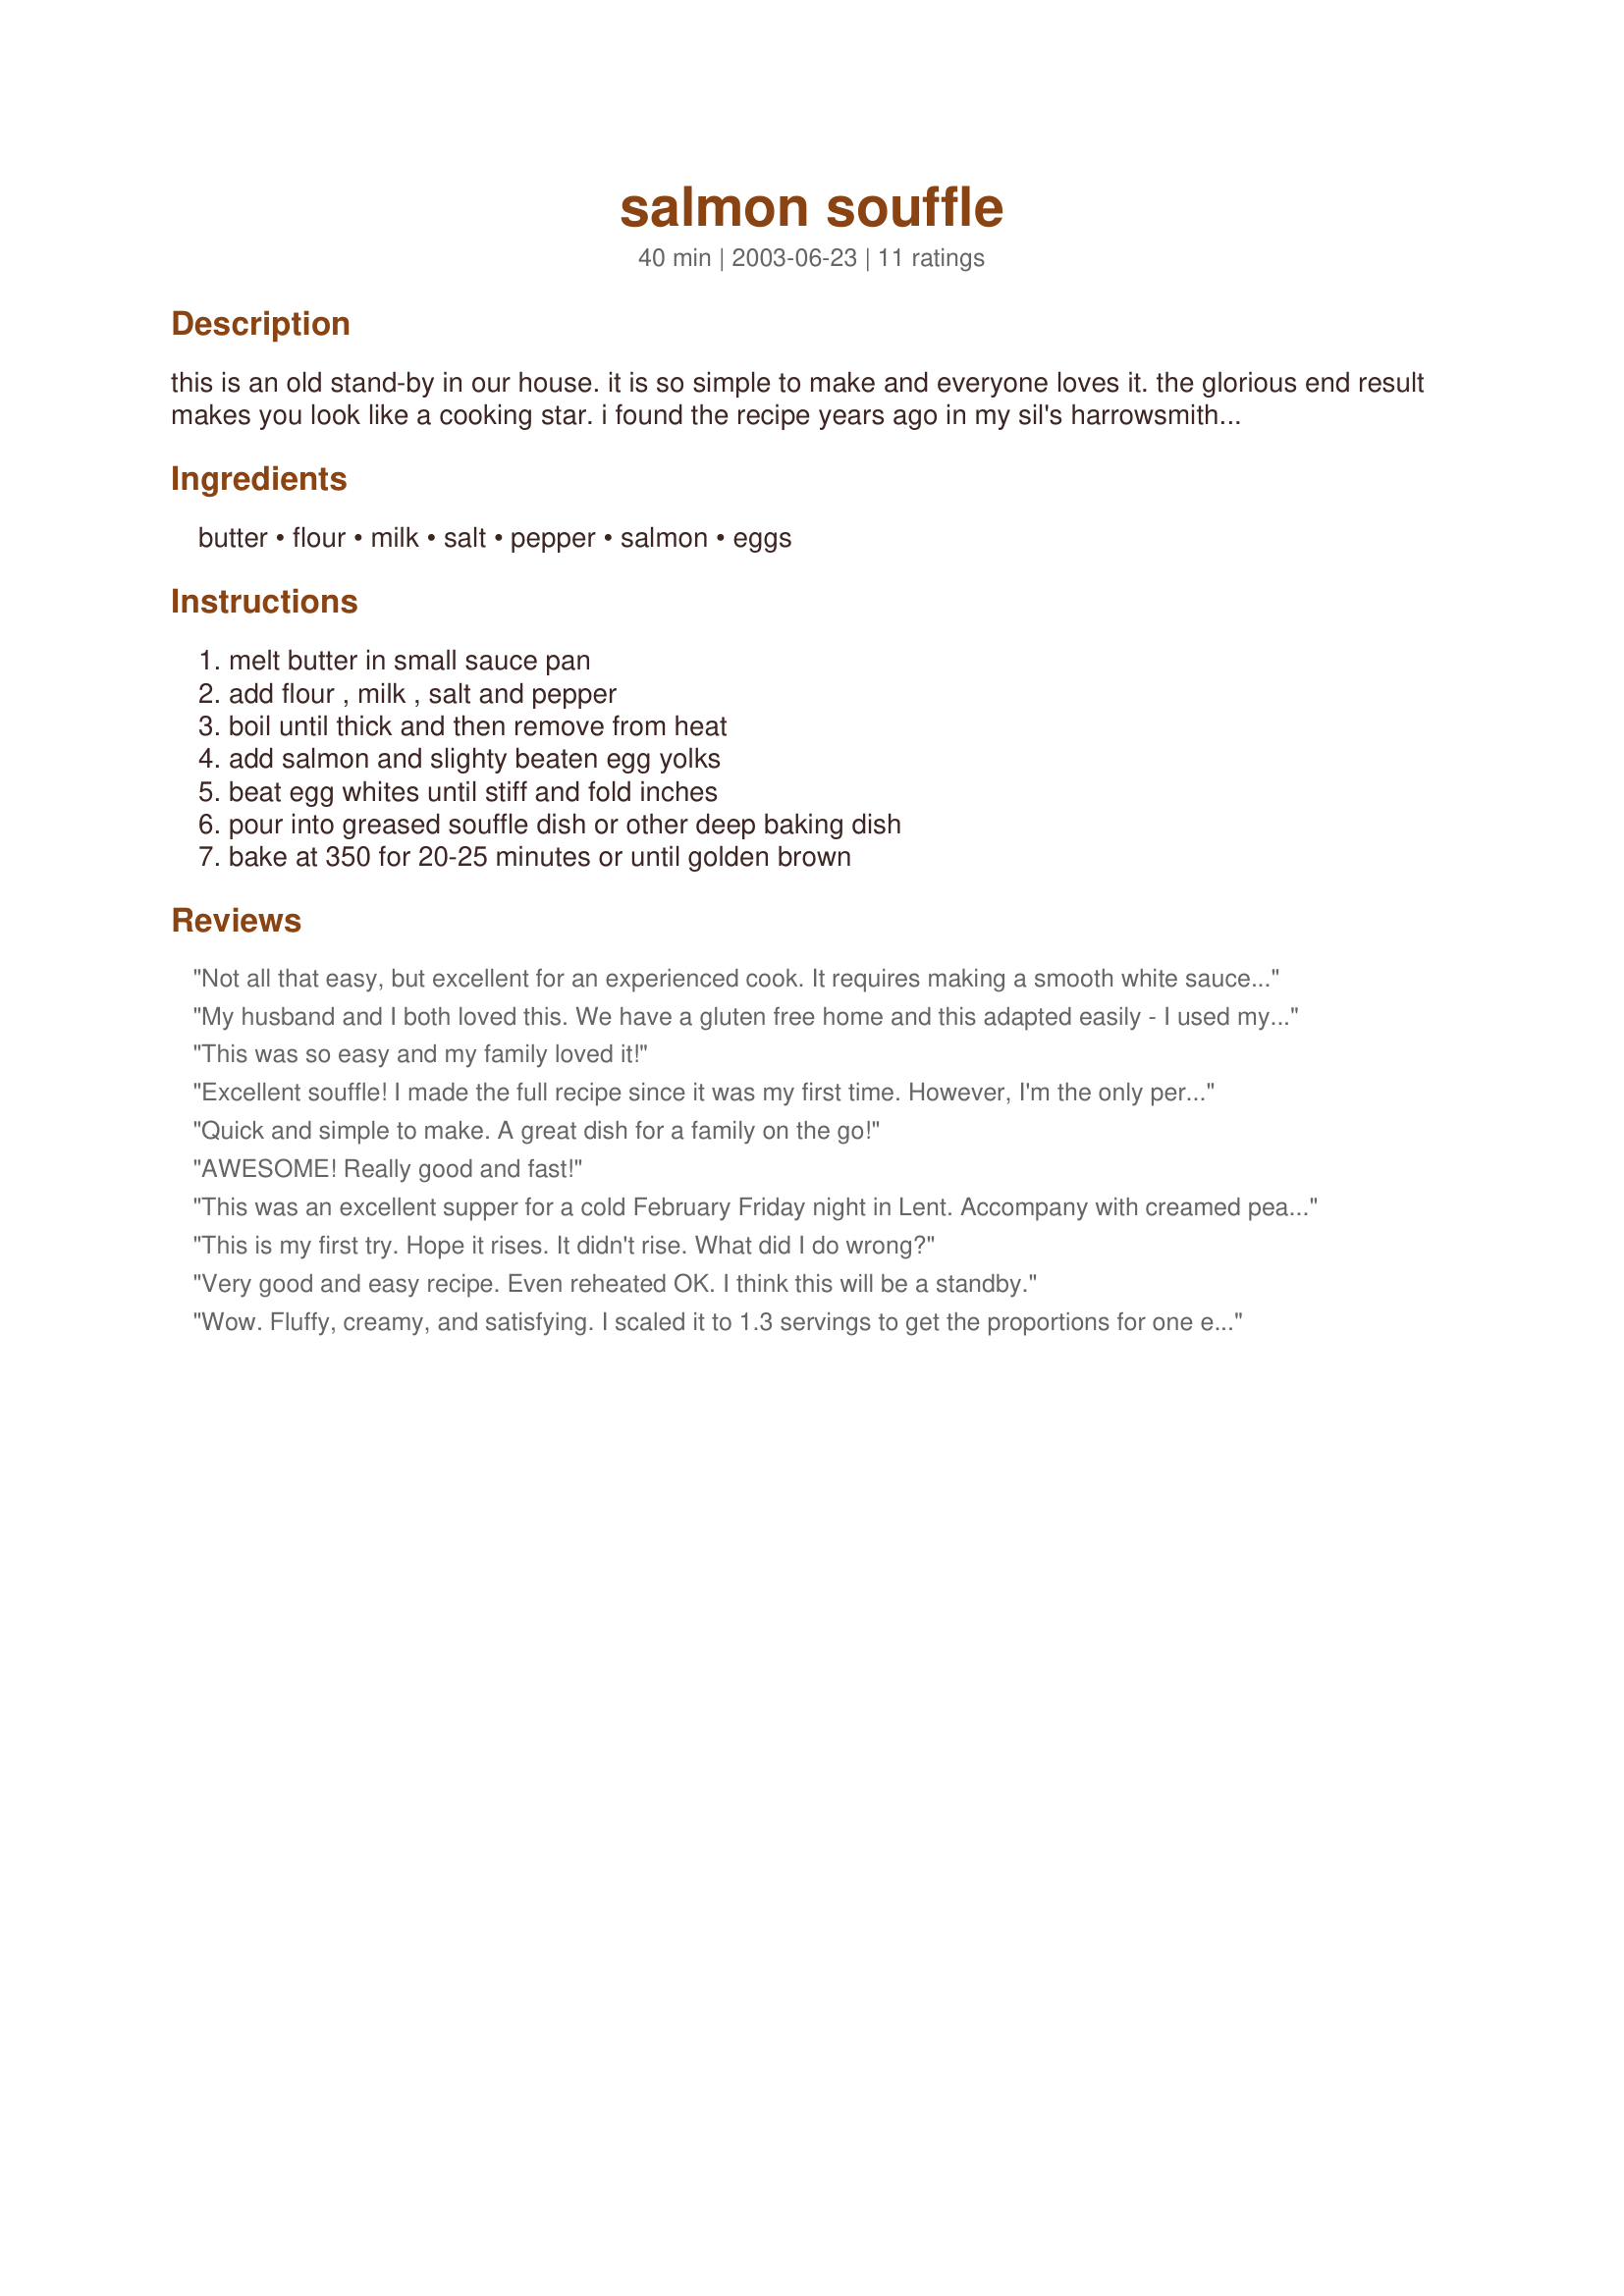
salmon souffle
Preparation time: 40 minutes

this is an old stand-by in our house. it is so simple to make and everyone loves it. the glorious end result makes you look like a cooking star. i found the recipe years ago in my sil's harrowsmith cookbook.

Ingredients:
butter, flour, milk, salt, pepper, salmon, eggs

Steps:
melt butter in small sauce pan, add flour , milk , salt and pepper, boil until thick and then remove from heat, add salmon and slighty beaten egg yolks, beat egg whites until stiff and fold inches, pour into greased souffle dish or other deep baking dish, bake at 350 for 20-25 minutes or until golden brown

Reviews:
Not all that easy, but excellent for an experienced cook. It requires making a smooth white sauce, beating egg whites until they are stiff, and folding them in. If any of these terms are unfamiliar to you, I recommend you learn to do those first.
My husband and I both loved this. We have a gluten free home and this adapted easily - I used my standard gluten-free flour mix and results were great. We had it as a dinner entree and almost finished it!
This was so easy and my family loved it!
Excellent souffle! I made the full recipe since it was my first time. However, I'm the only person in our household who eats salmon, so I'll try Nose's recommendation of scaling it back to 1.3 servings. I enjoyed the recipe as listed, but will add dill or chives next time for variety.
Quick and simple to make. A great dish for a family on the go!
AWESOME! Really good and fast!
This was an excellent supper for a cold February Friday night in Lent. Accompany with creamed peas, glazed carrots, and homemade oatmeal bread and you have the perfect comfort food supper.
I added about 1/4 tsp of cayenne to the base white sauce of the souffle just to pep it up a bit. I think you could easily add a little dill or parsley, too.
This is my first try. Hope it rises. It didn't rise. What did I do wrong?
Very good and easy recipe. Even reheated OK. I think this will be a standby.
Wow. Fluffy, creamy, and satisfying. I scaled it to 1.3 servings to get the proportions for one egg, and cooked it in a 1.5 cup dish in my toaster oven, which still took 20 minutes. I think I will change two things when making this recipe again. First of all, souffle recipes generally call for flouring the dish, which gives you a little bit of a soft crust on the sides that I missed. Also, I think I will add a bit of minced parsley or grated onion along with the salmon in the future. I am still giving 5 stars, though, because these are personal preferences.
Our family loves this recipe! Perhaps 2-3 months ago, I tried it for the first time, and this was my first attempt at making souffle. I used canned salmon. Today, I had leftover fresh salmon to use up, so I put it in a baggie &amp; weighed it (8oz), crumbled it, then pulsed in food processor, and when it was time to assemble the souffle, used an extra egg, to balance out the extra 2 ounces of salmon. Very good and easy to make!
